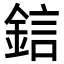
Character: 𨦼